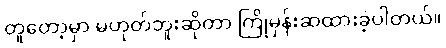
တူတော့မှာ မဟုတ်ဘူးဆိုတာ ကြိုမှန်းဆထားခဲ့ပါတယ်။